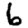
Digit: 6